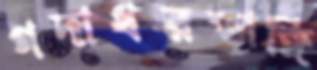
গদাধরডাঙ্গি